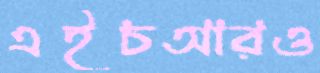
এইচআরও